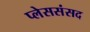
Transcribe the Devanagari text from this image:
प्लेससंसद